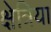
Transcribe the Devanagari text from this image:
क्षेत्रिया